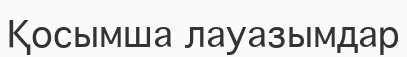
Қосымша лауазымдар